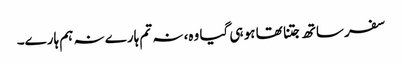
سفر ساتھ جتنا تھا ہو ہی گیا وہ، نہ تم ہارے نہ ہم ہارے۔